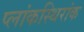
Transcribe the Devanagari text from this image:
प्लांकस्थिरांक